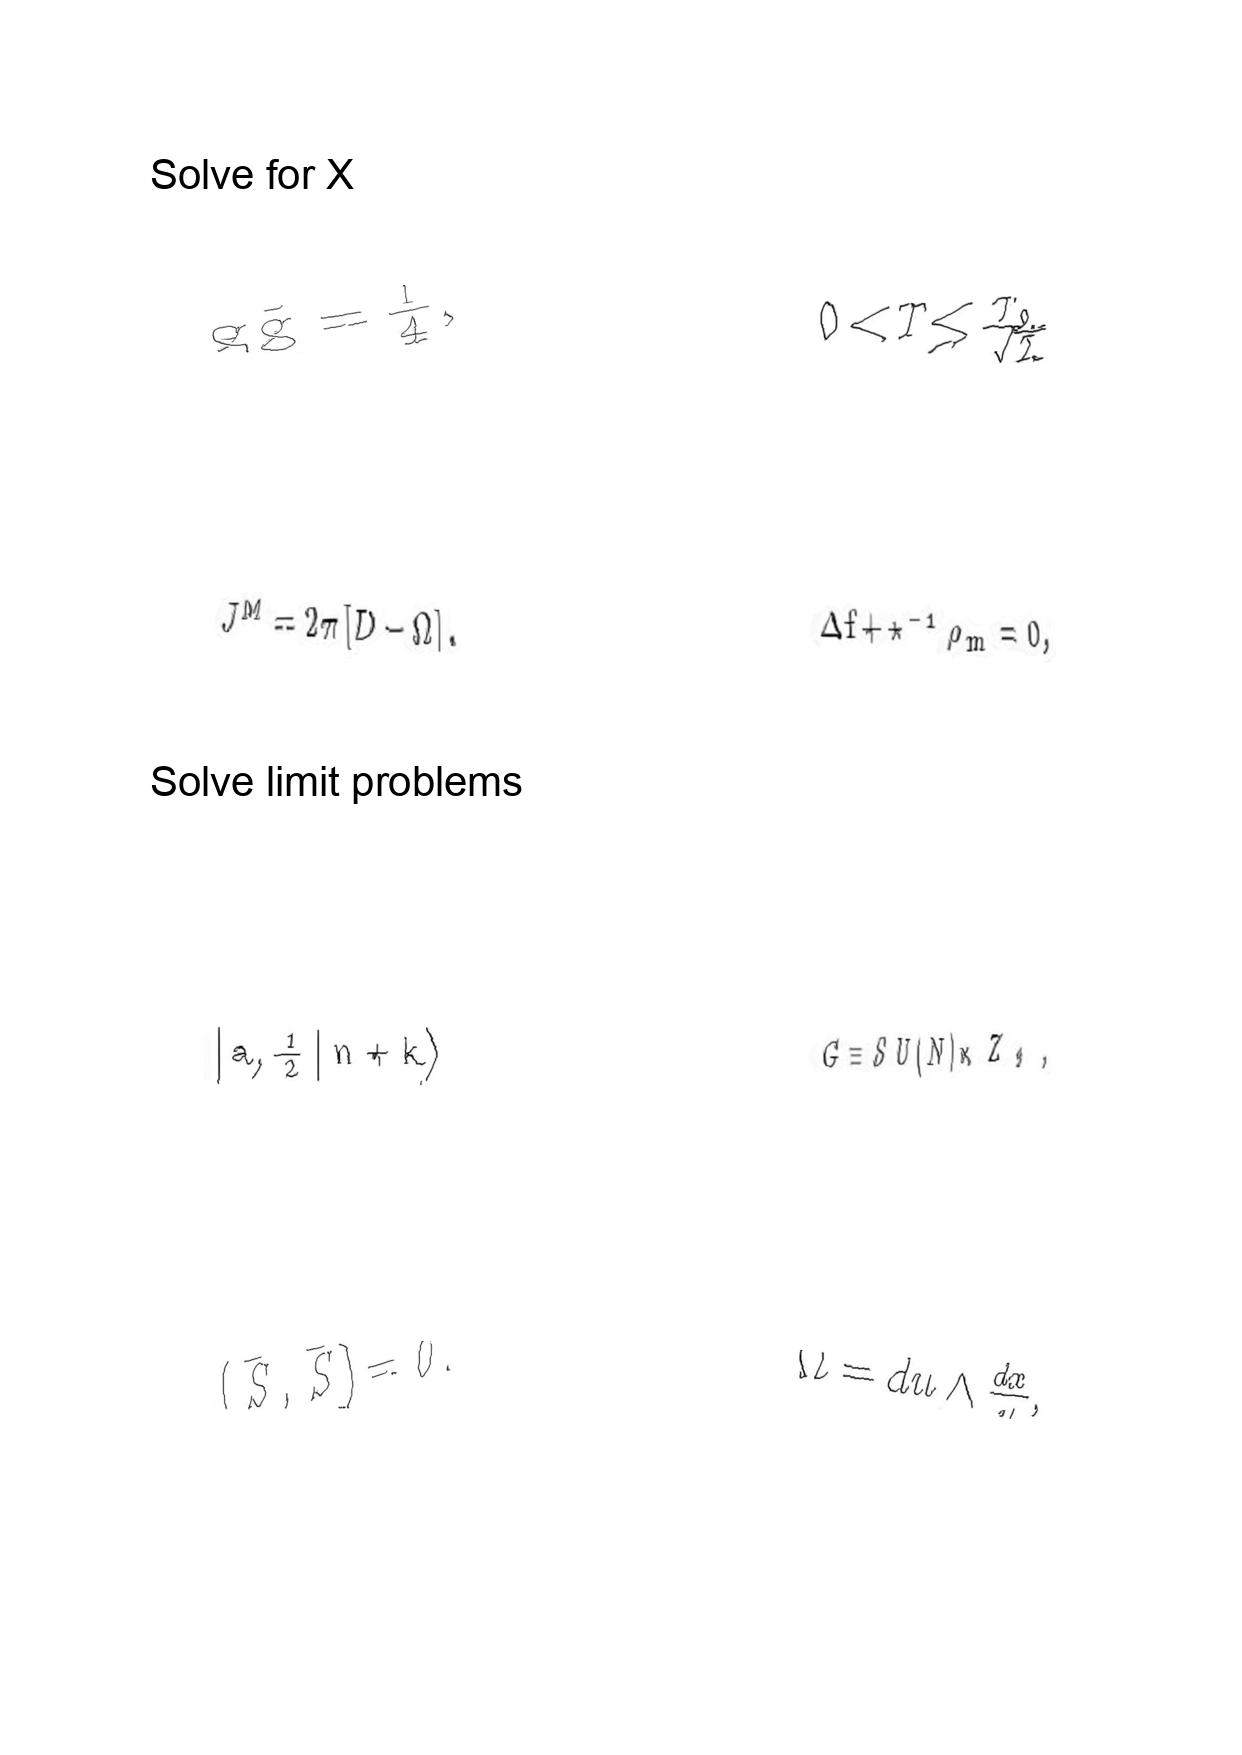
LaTeX transcription:
g \tilde { g } = \frac { 1 } { 4 } ,
J ^ { M } = 2 \pi \lbrack D - \Omega \rbrack .
\vert  a , \frac { 1 } { 2 } \vert n + k \rangle
\lparen \bar { S } , \bar { S } \rparen = 0 .
0 \lt T \leq \frac { T _ { 0 } } { \sqrt { 2 } }
\Delta f + \star ^ { - 1 } \rho _ { m } = 0 ,
G \equiv S U \lparen N \rparen \times Z _ { 2 } ,
\Omega = d u \wedge \frac { d x } { y } ,